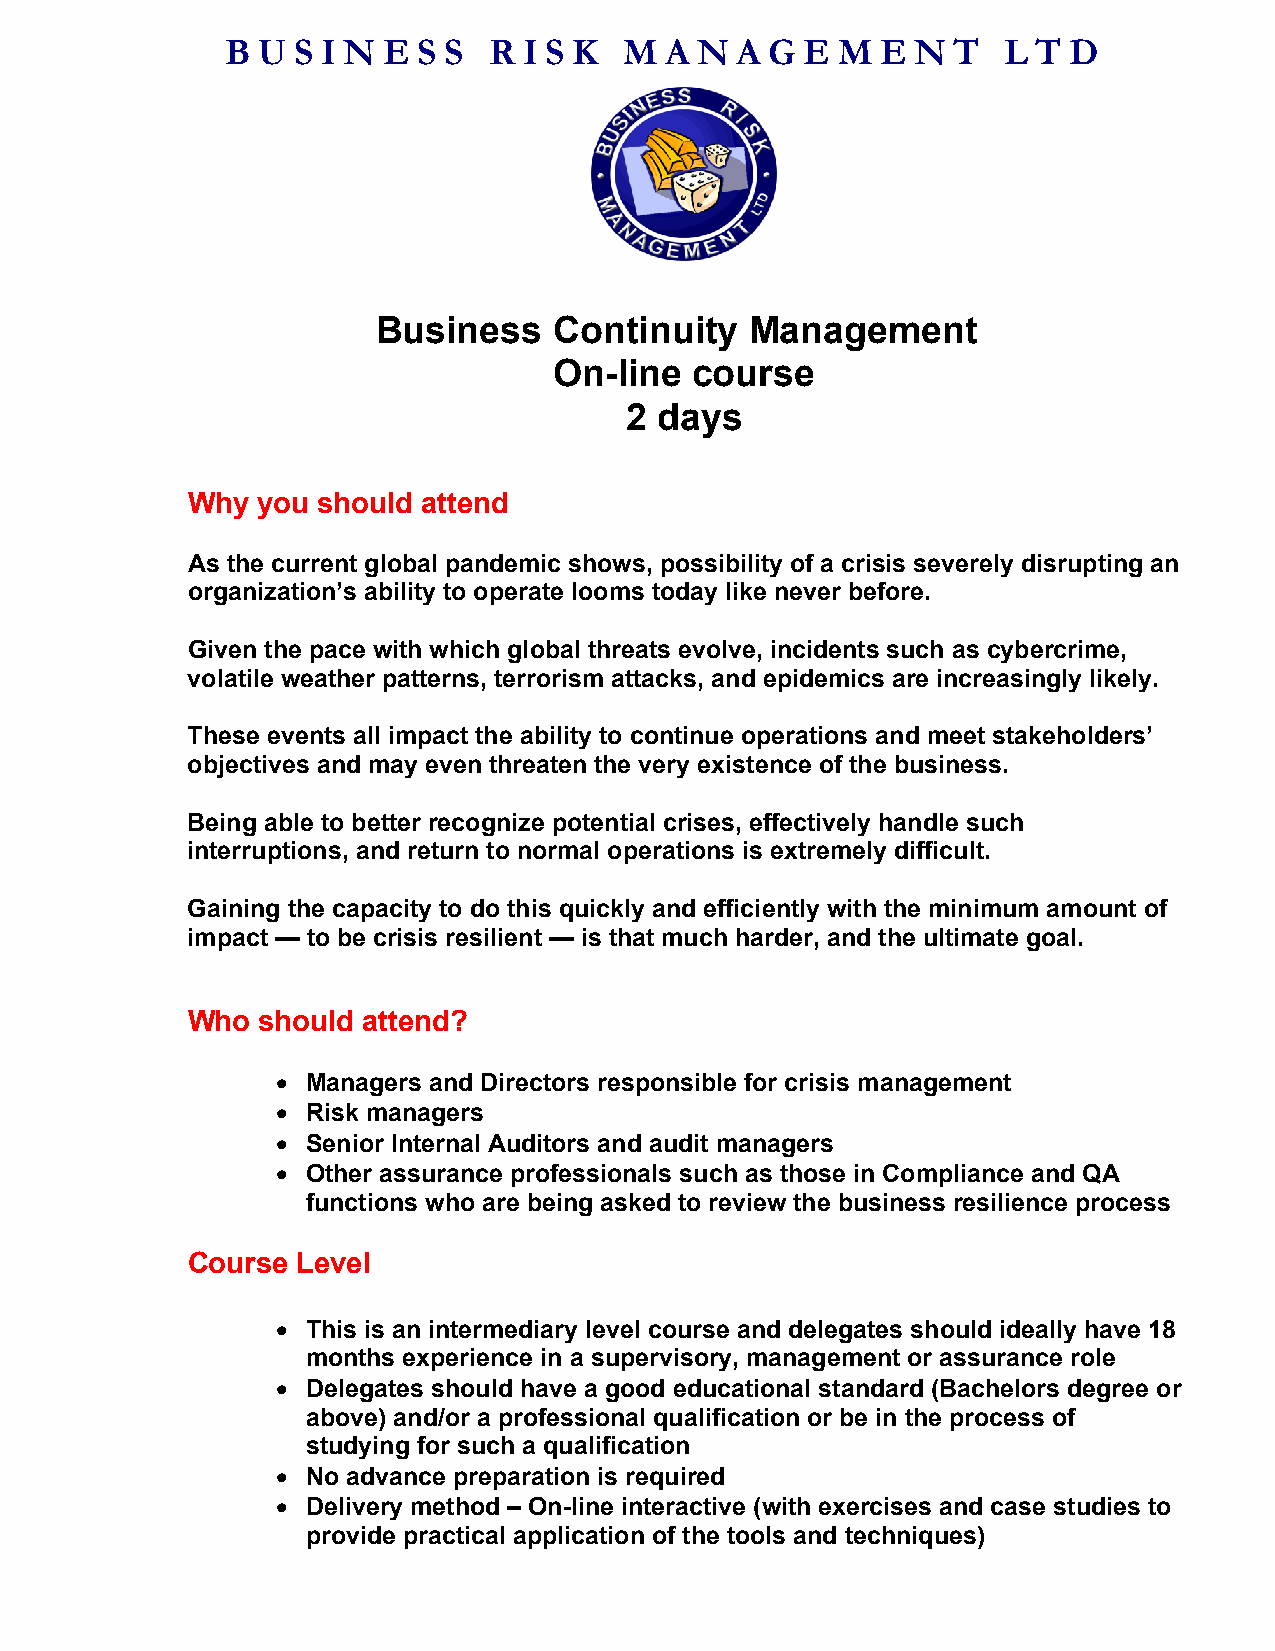
B U S I N E  S S R  I S K M  A N  A G E M  E  N T   L T D
 Business    Continuity   Management
 On-line  course
 2  days
 Why  you should attend
 As the current global pandemic shows, possibility of a crisis severely disrupting an
 organization’s ability to operate looms today like never before.
 Given the pace with which global threats evolve, incidents such as cybercrime,
 volatile weather patterns, terrorism attacks, and epidemics are increasingly likely.
 These events all impact the ability to continue operations and meet stakeholders’
 objectives and may even threaten the very existence of the business.
 Being able to better recognize potential crises, effectively handle such
 interruptions, and return to normal operations is extremely difficult.
 Gaining the capacity to do this quickly and efficiently with the minimum amount of
 impact — to be crisis resilient — is that much harder, and the ultimate goal.
 Who  should attend?
 • Managers and Directors responsible for crisis management
 • Risk managers
 • Senior Internal Auditors and audit managers
 • Other assurance professionals such as those in Compliance and QA
 functions who are being asked to review the business resilience process
 Course  Level
 • This is an intermediary level course and delegates should ideally have 18
 months experience in a supervisory, management or assurance role
 • Delegates should have a good educational standard (Bachelors degree or
 above) and/or a professional qualification or be in the process of
 studying for such a qualification
 • No advance preparation is required
 • Delivery method – On-line interactive (with exercises and case studies to
 provide practical application of the tools and techniques)